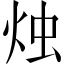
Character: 烛